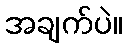
အချက်ပဲ။